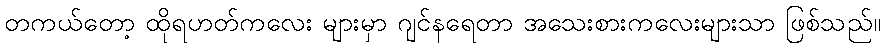
တကယ်တော့ ထိုရဟတ်ကလေး များမှာ ဂျင်နရေတာ အသေးစားကလေးများသာ ဖြစ်သည်။